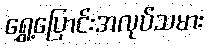
ရွှေ့ပြောင်းအလုပ်သမား